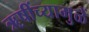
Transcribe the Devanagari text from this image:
ॠषींच्यामुळें